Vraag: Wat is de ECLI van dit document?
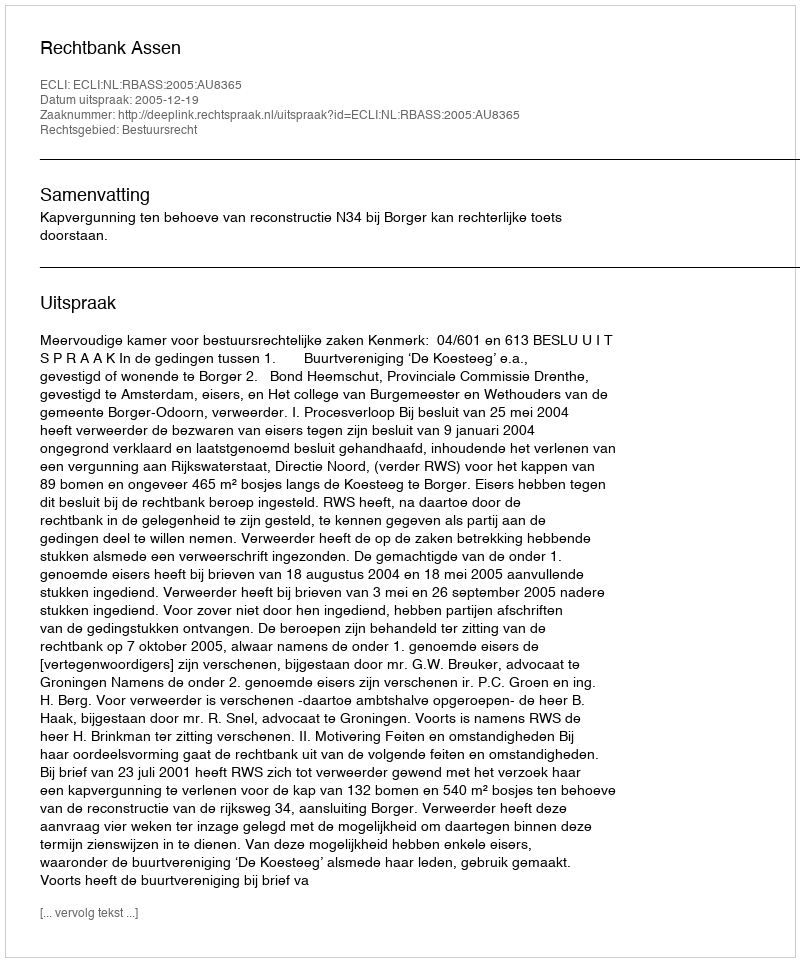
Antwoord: ECLI:NL:RBASS:2005:AU8365